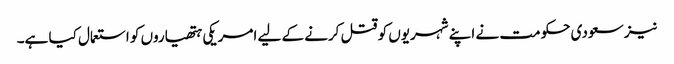
نیز سعودی حکومت نے اپنے شہریوں کو قتل کرنے کے لیے امریکی ہتھیاروں کو استعمال کیا ہے۔